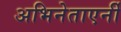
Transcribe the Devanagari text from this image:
अभिनेताएर्नी